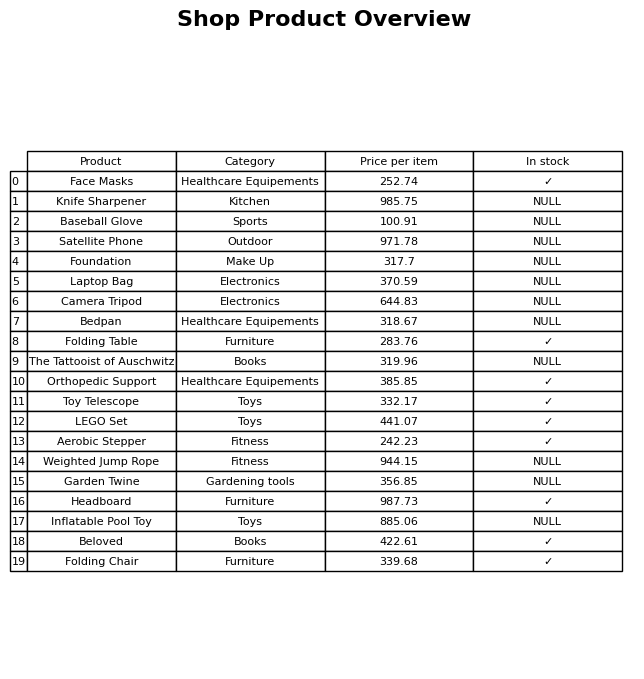
question: What is the price of the Inflatable Pool Toy?
answer: The price of Inflatable Pool Toy is 885.06.